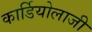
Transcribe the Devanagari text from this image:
कार्डियोलाजी